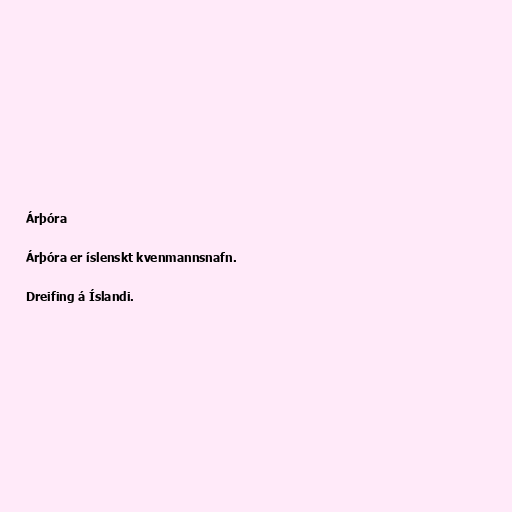
Árþóra

Árþóra er íslenskt kvenmannsnafn.

Dreifing á Íslandi.